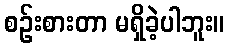
စဉ်းစားတာ မရှိခဲ့ပါဘူး။